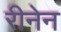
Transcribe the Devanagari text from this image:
रीनेन